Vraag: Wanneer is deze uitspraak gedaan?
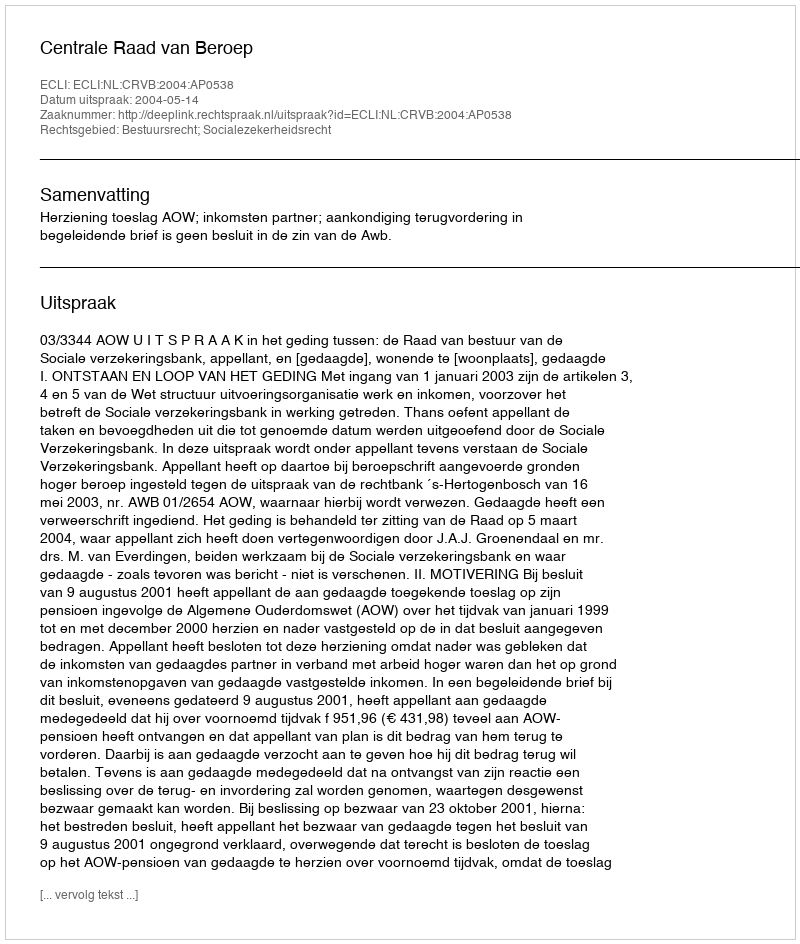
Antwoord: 2004-05-14